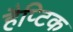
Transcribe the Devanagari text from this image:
हैप्टिक